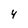
Character: 4